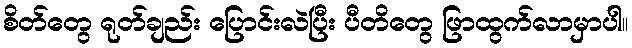
စိတ်တွေ ရုတ်ချည်း ပြောင်းလဲပြီး ပီတိတွေ ဖြာထွက်လာမှာပါ။